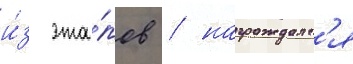
и́з эта́пов / награждалс'я